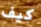
كيف